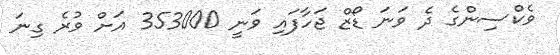
ވެކްސިންގެ ދެ ވަނަ ޑޯޒް ޖަހާފައި ވަނީ 353000 އަށް ވުރެ ގިނަ